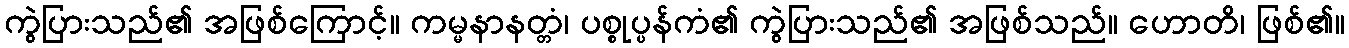
ကွဲပြားသည်၏ အဖြစ်ကြောင့်။ ကမ္မနာနတ္တံ၊ ပစ္စုပ္ပန်ကံ၏ ကွဲပြားသည်၏ အဖြစ်သည်။ ဟောတိ၊ ဖြစ်၏။